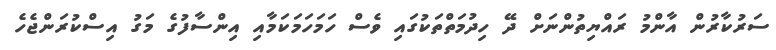
ސަރުކާރުން އާންމު ރައްޔިތުންނަށް ދޭ ހިދުމަތްތަކުގައި ވެސް ހަމަހަމަކަމާއި އިންސާފުގެ މަގު އިސްކުރަންޖެހެ